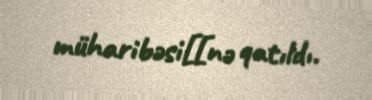
müharibəsi[[nə qatıldı.